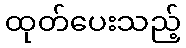
ထုတ်ပေးသည့်